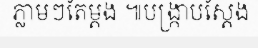
ភ្លាមៗតែម្តង ៕បង្ក្រាបស្តែង